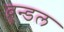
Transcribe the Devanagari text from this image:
ब्रुन्डल